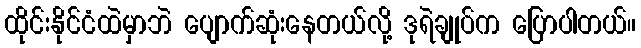
ထိုင်းနိုင်ငံထဲမှာဘဲ ပျောက်ဆုံးနေတယ်လို့ ဒုရဲချုပ်က ပြောပါတယ်။